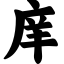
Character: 庠